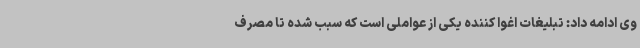
وی ادامه داد: تبلیغات اغوا کننده یکی از عواملی است که سبب شده تا مصرف